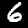
Label: 6